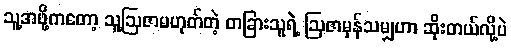
သူ့အဖို့ကတော့ သူ့ဩဇာမဟုတ်တဲ့ တခြားသူရဲ့ ဩဇာမှန်သမျှဟာ ဆိုးတယ်လို့ပဲ